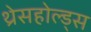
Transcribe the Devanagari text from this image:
थ्रेसहोल्ड्स